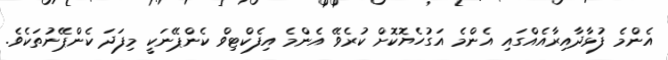
އެންމެ ފުޅާދާއިރާއެއްގައި އެންމެ އަގުހެޔޮކޮށް ކުރެވޭ އެންމެ އިފެކްޓިވް ކެންޕޭނަކީ މިފަދަ ކެންޕޭނުތަކެވެ.